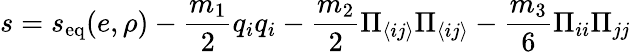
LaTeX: s=s_{\textrm{eq}}(e,\rho)-\frac{m_{1}}{2}q_{i}q_{i}-\frac{m_{2}}{2}\Pi_{\langle ij\rangle}\Pi_{\langle ij\rangle}-\frac{m_{3}}{6}\Pi_{ii}\Pi_{jj}